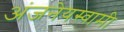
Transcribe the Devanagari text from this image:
अंजनेयस्‍वामी